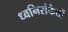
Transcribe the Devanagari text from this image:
ध्वनिसंकेतों